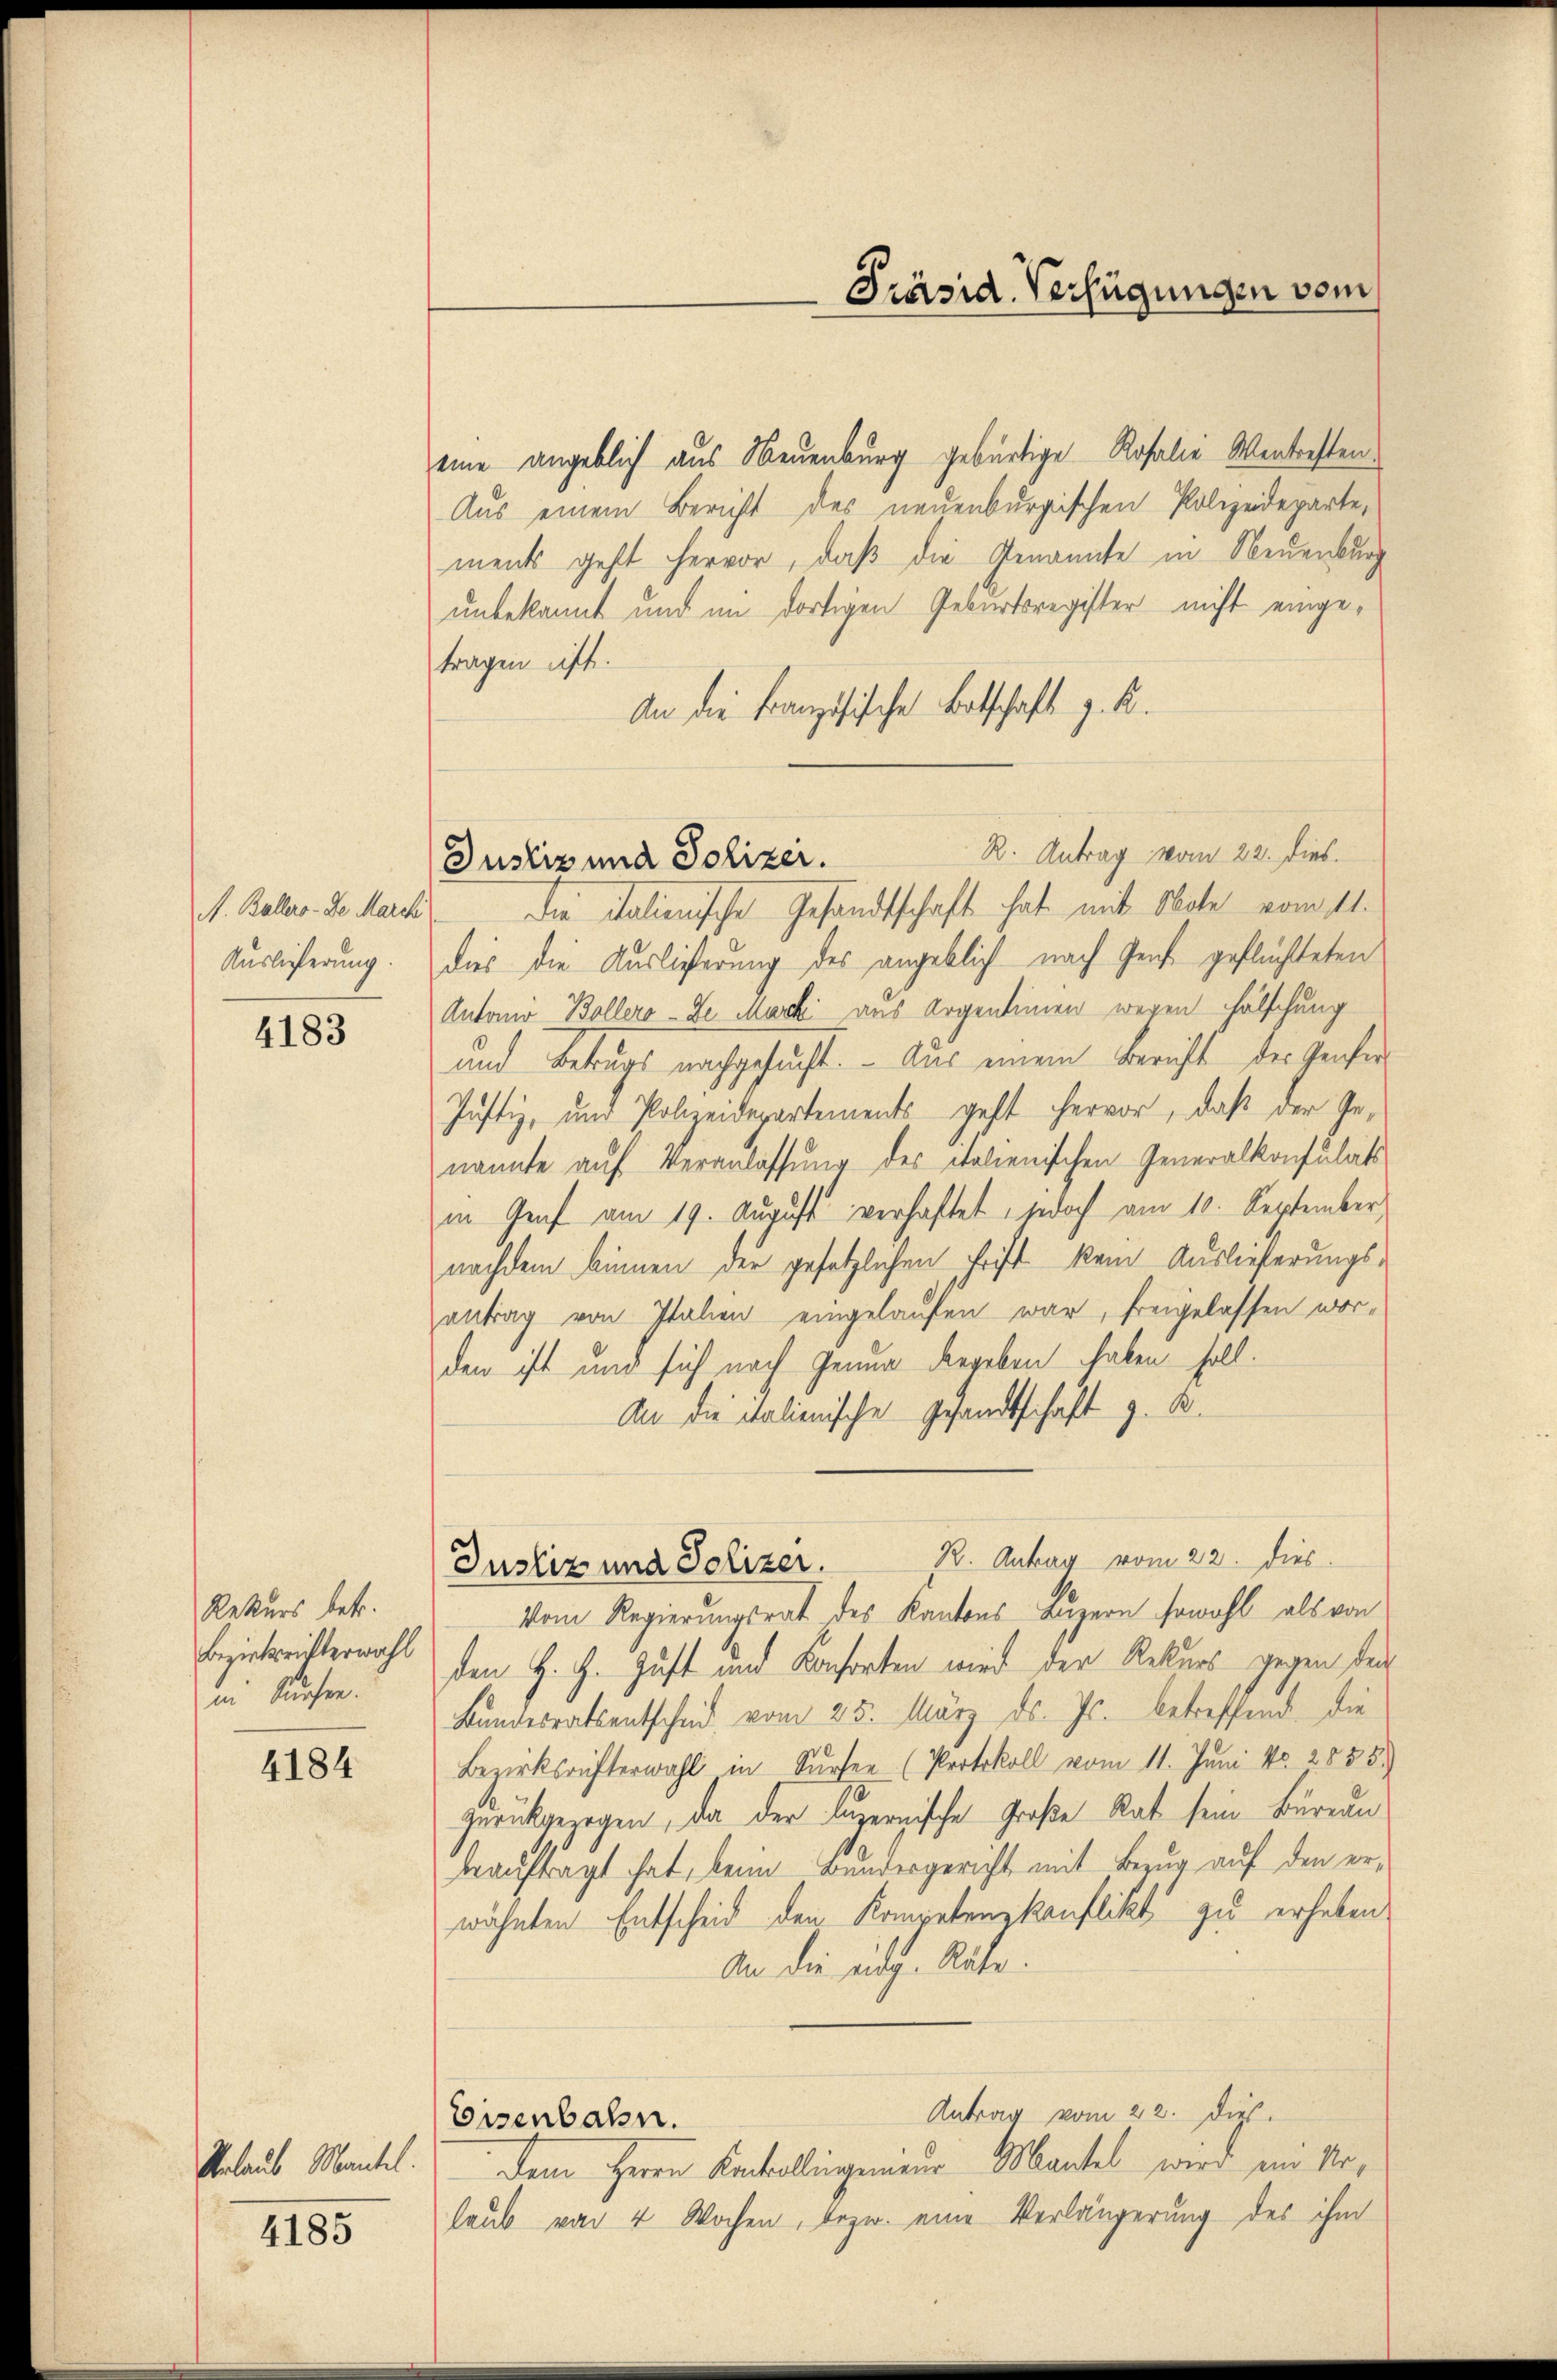
A. Ballero-Se Marchi
Auslieferung.

4183

Rekurs betr.
Bezirksrichterwahl
in Kuchen.

4184

Verlaub Mantel.
4185

R. Antrag vom 22. dies
Justiz und Polizer.

eine angeblich aus Neuenburg gebürtige Rosalie Wentresten¬
Aus einem Bericht des neuenburgischen Polizeideparte,
ments geht hervor, daß die Genannte in Neuenburg
unbekannt und im dortigen Geburtsregister nicht eingetragen ist.
An die Französische Botschaft z. K.
die italienische Gesandtschaft hat mit Note vom 11.
dies die Auslieferung des angeblich nach Genf geflüchteten
Antonio Bollero-Ze. Mark aus Argentinen wegen Fälschung
und Betrugs nachgesucht. - Aus einem Bericht der Genfer
Justiz, und Polizeidepartements geht hervor, daß der Genannte auf Veranlassung des italienischen Generalkonsulats
in Genf am 19. August verhaftet, jedoch am 10. September
nachdem binnen der gesetzlichen Frist kein Auslieferungsantrag von Italien eingelaufen war, freigelassen wor-
den ist und sich nach Genua dergeben haben soll.
An die italienische Gesandtschaft z. B.
Justiz und Polizer.  2. Antrag vom 22. dies
Vom Regierungsrat des Kantons Luzern sowohl als von
den H. H. Gust und Konsorten wird der Rekurs gegen den
Bundesratsentscheid vom 25. März ds. Fr. betreffend die
Bezirksrifterwahl in Surser (Protokoll vom 11. Juni No. 2855)
zurückgezogen, da der luzernische Große Rat sein Büreau
beauftragt hat, beim Bundergericht mit Bezug auf den erwähnten Entscheid den Kompetenzkonflikt zu erheben
An die eidg. Räte.
Antrag vom 22. Diet.
Eisenbahn.
Dem Herrn Konkollingenieur Mantel wird ein Nolaub von 4 Wochen, bezw. eine Verlängerung des ihm

Präsid. Verfügungen vom